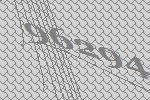
96294